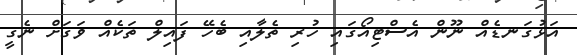
އަޅުގަނޑެއް ނޫން އެސްޓިއޯގައި ހުރި ތެލާއި ބެހޭ ފައިލް ތަކެއް ވަގަށް ނެގީ